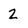
Character: 2